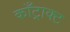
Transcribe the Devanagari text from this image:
काँट्राक्ट